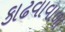
કાઢવાવાળા